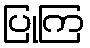
ပြုကြ